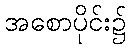
အစောပိုင်း၌